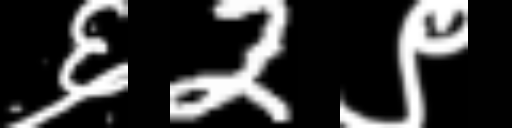
Text: ६2९